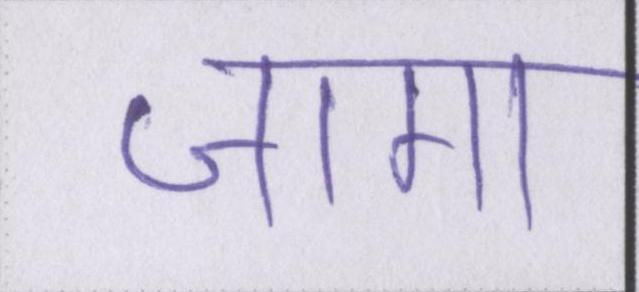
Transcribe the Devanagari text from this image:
जागा